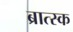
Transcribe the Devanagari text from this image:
ब्रात्स्क